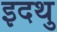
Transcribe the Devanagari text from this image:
इदथु